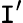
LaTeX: \mathtt{I}^{\prime}